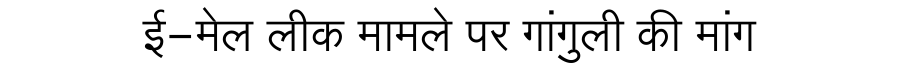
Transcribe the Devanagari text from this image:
ई-मेल लीक मामले पर गांगुली की मांग